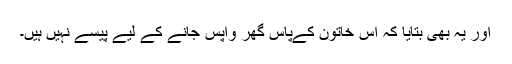
اور یہ بھی بتایا کہ اس خاتون کےپاس گھر واپس جانے کے لیے پیسے نہیں ہیں۔